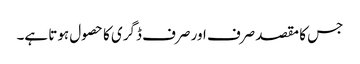
جس کا مقصد صرف اور صرف ڈگری کا حصول ہوتا ہے۔